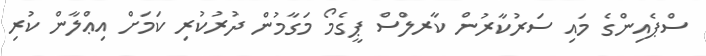
ސްޕެއިންގެ މައި ސަރުކާރުން ކާރލްސް ޕީގެމޯ މަގާމުން ދުރުކުރި ކަމަށް އިޢްލާން ކުރި